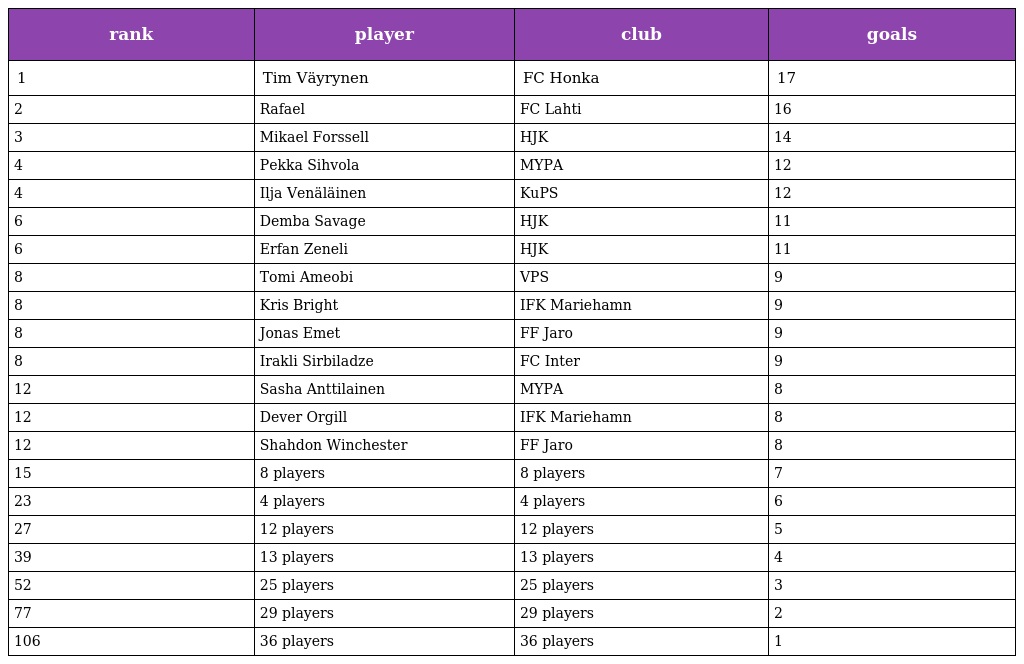
| rank | player | club | goals |
 | --- | --- | --- | --- |
 | 1 | Tim Väyrynen | FC Honka | 17 |
 | 2 | Rafael | FC Lahti | 16 |
 | 3 | Mikael Forssell | HJK | 14 |
 | 4 | Pekka Sihvola | MYPA | 12 |
 | 4 | Ilja Venäläinen | KuPS | 12 |
 | 6 | Demba Savage | HJK | 11 |
 | 6 | Erfan Zeneli | HJK | 11 |
 | 8 | Tomi Ameobi | VPS | 9 |
 | 8 | Kris Bright | IFK Mariehamn | 9 |
 | 8 | Jonas Emet | FF Jaro | 9 |
 | 8 | Irakli Sirbiladze | FC Inter | 9 |
 | 12 | Sasha Anttilainen | MYPA | 8 |
 | 12 | Dever Orgill | IFK Mariehamn | 8 |
 | 12 | Shahdon Winchester | FF Jaro | 8 |
 | 15 | 8 players | 8 players | 7 |
 | 23 | 4 players | 4 players | 6 |
 | 27 | 12 players | 12 players | 5 |
 | 39 | 13 players | 13 players | 4 |
 | 52 | 25 players | 25 players | 3 |
 | 77 | 29 players | 29 players | 2 |
 | 106 | 36 players | 36 players | 1 |